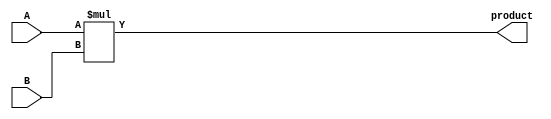
module MULT(A, B, product);
	input  [7:0] A;
	input  [7:0] B;
	output [15:0] product;
	
	assign product = A*B;
endmodule